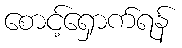
စောင့်ရှောက်ရန်